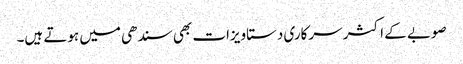
صوبے کے اکثر سرکاری دستاویزات بھی سندھی میں ہوتے ہیں۔